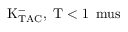
\mathrm { K _ { T A C } ^ { - } , \Delta T < 1 \, \ m u s }